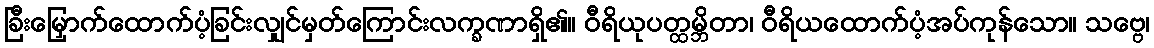
ခြီးမြှောက်ထောက်ပံ့ခြင်းလျှင်မှတ်ကြောင်းလက္ခဏာရှိ၏။ ဝီရိယုပတ္ထမ္ဘိတာ၊ ဝီရိယထောက်ပံ့အပ်ကုန်သော။ သဗ္ဗေ၊